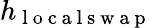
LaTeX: h_{\mathrm{~l~o~c~a~l~s~w~a~p~}}